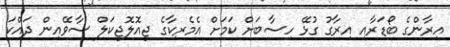
އިރާންގެ ބޯޑަރާއި އިރާގު ގުޅޭ ހިސާބަށް ކަމަށް އެމެރިކާގެ ޖިއޮލޮޖިކަލް ސާވޭއިން ދައްކަ